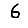
Digit: 6